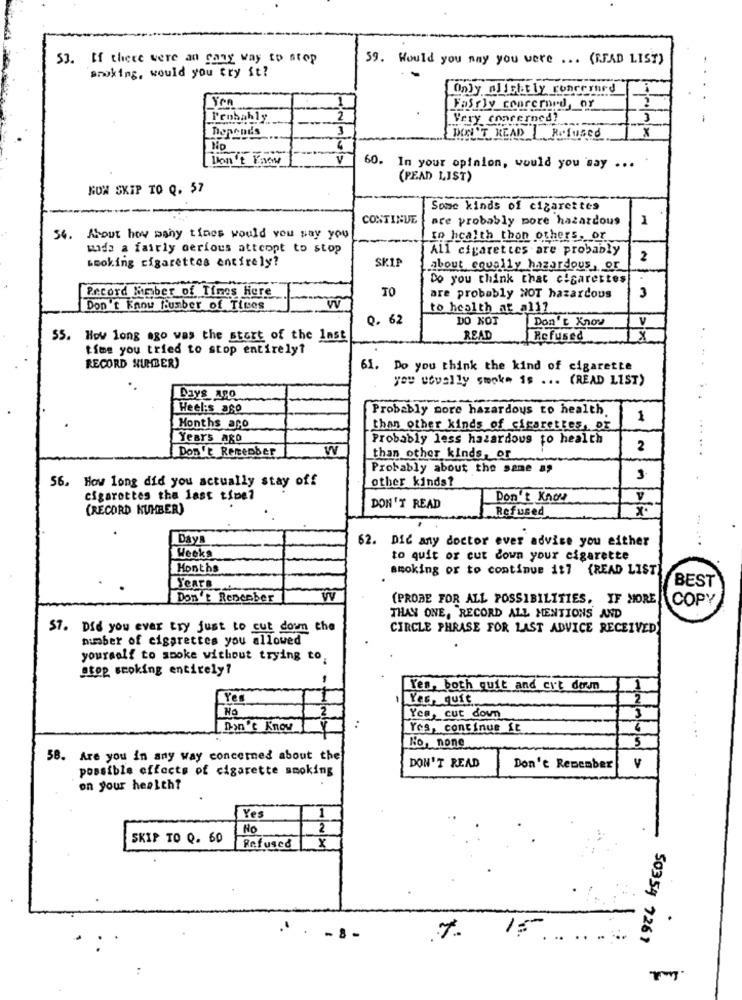
53. If there were an gang way to stop
59. Would you may you were ... (READ LIST)
smoking, would you try it?
Only alicht ly concerned
.
Fairly conrerord, or
Probably
2
Very concerned!
-
3
X
Depend's
DON'T READ Refused
No
Don't Know
V
60. In your opinion, would you say ...
(PEAD LIST)
HOW SKIP TO Q. 57
Some kinds of cigarettes
CONTINUE
are probably pore hazardous
1
54. About how many tines would you say you
to health than others, or
wide a fairly serious atteopt to stop
All cigarettes are probably
Looking cigarettes entirely?
SKIP
2
about equally hazardous , or
Do you think that cigarettes
Record Number of Times Here
TO
are probably NOT hazardous
3
Don't Know Number of Times
to health at all?
Q. 62
DO NOT
Don't Know
V
55. How long ago was the start of the last
READ
Refused
X
time you tried to stop entirely?
RECORD NUMBER)
61. Do you think the kind of cigarette
you učwally smoke is ... (READ LIST)
Days AGO
Weel:s aso
Probably more hazardous to health
1
Months aro
than other kinds of cigarettes, or
Years Ago
Probably less hazardous to health
Don't Remember
W
2
......
than other kinds, or
Probably about the same as
56.
other kinds?
3
4
How long did you actually stay off
cigarettes the last time?
Don't Know
(RECORD NUMBER)
DON'T READ
.Refused
.
Days
62. Dic any doctor ever advice you either
... ...
Weeks
to quit or cut down your cigarette
Months
smoking or to continue it7 (READ LIST
BEST
Years
Don't Remember
(PROBE FOR ALL POSSIBILITIES, IF MORE
COPY
THAN ONE, RECORD ALL MENTIONS AND
$7. Did you ever try just to cut down the
CIRCLE PHRASE FOR LAST ADVICE RECEIVED
number of cigarettes you allowed
yourself to smoke without trying to.
stop smoking entirely?
Yes, both quit and cut down
Yes
Yes, quit
Ne
Yea, cut down
Don't Know
Yes, continue it
No, none
....
58. Are you in any way concerned about the
possible effects of cigarette smoking
DON'T READ
Don't Remember
v
on your health?
Yes
1
No
2
SKIP TO Q. 60
Refused
..
15
- 8 -
1.
.....
50354 7261